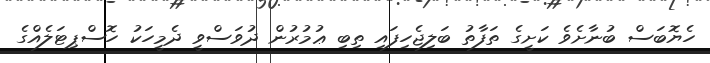
ހެޔޮބަސް ބުނާށެވެ ކަށީގެ ތަފާތު ބަލިޖެހިފައި ތިބި ޢުމުރުން ދުވަސްވީ ދެމީހަކު ހޮސްޕިޓަލެއްގެ